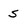
Character: s